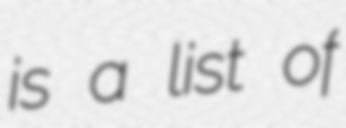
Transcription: is a list of